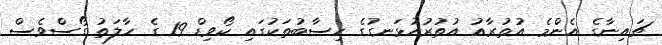
ޗައިނާގެ އެންމެ އުތުރާއު އުތުރުހުޅަނގުގެ ހިސާބުތަކުގައި ކޯވިޑް 19 ގެ ހާލަތު ގޯސްވެސް